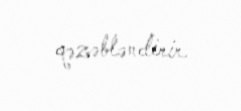
qəzəbləndirir.